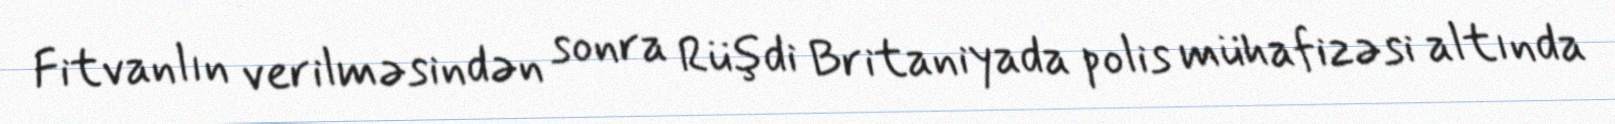
Fitvanlın verilməsindən sonra Rüşdi Britaniyada polis mühafizəsi altında